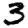
Digit: 3